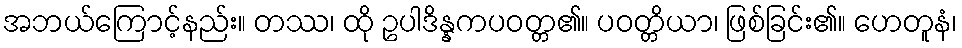
အဘယ်ကြောင့်နည်း။ တဿ၊ ထို ဥပါဒိန္နကပဝတ္တ၏။ ပဝတ္တိယာ၊ ဖြစ်ခြင်း၏။ ဟေတူနံ၊